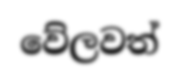
වේලවත්